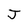
Character: J